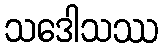
သဒေါသဿ